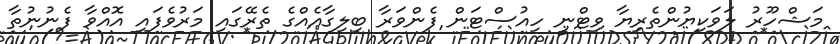
މަޝްހޫރު ލަވަކިޔުންތެރިޔާ ވިޓްނީ ހިއުސްޓަން ފެންވަރާ ބިލިގާއެއްގެ ތެރޭގައި މަރުވެފައި އޮއްވާ ފެނުނުތާ